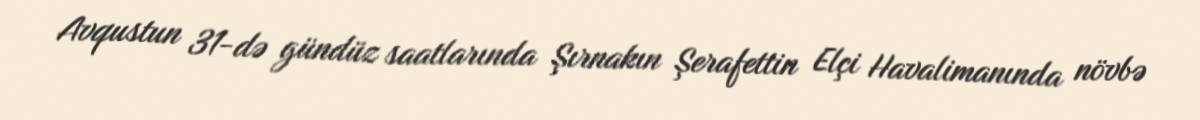
Avqustun 31-də gündüz saatlarında Şırnakın Şerafettin Elçi Havalimanında növbə